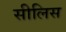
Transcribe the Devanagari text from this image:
सीलिस